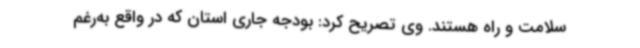
سلامت و راه هستند. وی تصریح کرد: بودجه جاری استان که در واقع به‌رغم